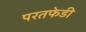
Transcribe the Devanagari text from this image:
परतफेडी